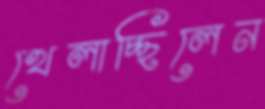
খেলাচ্ছিলেন